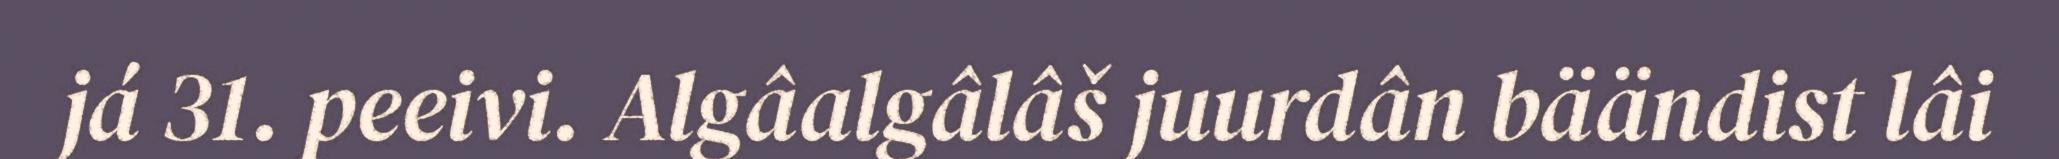
já 31. peeivi. Algâalgâlâš juurdân bäändist lâi